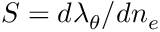
S = d \lambda _ { \theta } / d n _ { e }